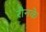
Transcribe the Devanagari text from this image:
रौनके